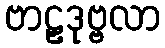
ဗာဠှဒုဗ္ဗလာ